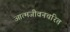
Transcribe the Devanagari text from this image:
आत्मजीवनचरित